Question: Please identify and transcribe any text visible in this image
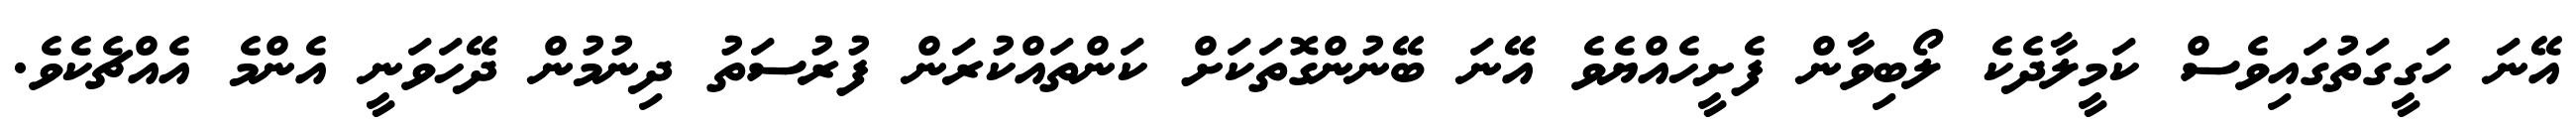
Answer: އޭނަ ހަގީގަތުގައިވެސް ކަމީލާދެކެ ލޯބިވާން ފެށީހެއްޔެވެ އޭނަ ބޭނުންގޮތަކަށް ކަންތައްކުރަން ފުރުސަތު ދިނުމުން ދޭހަވަނީ އެންމެ އެއްޗެކެވެ.